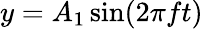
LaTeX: y=A_{1}\sin(2\pi ft)